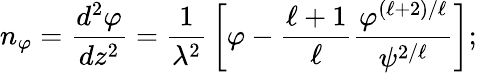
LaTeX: n_{\varphi}={\frac{d^{2}\varphi}{dz^{2}}}={\frac{1}{\lambda^{2}}}\left[\varphi-{\frac{\ell+1}{\ell}}{\frac{\varphi^{(\ell+2)/\ell}}{{\psi}^{2/\ell}}}\right];